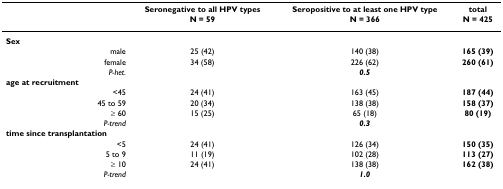
<table><thead><tr><td></td><td><b>Seronegative to all HPV types</b></td><td><b>Seropositive to at least one HPV type</b></td><td><b>total</b></td></tr><tr><td></td><td><b>N = 59</b></td><td><b>N = 366</b></td><td><b>N = 425</b></td></tr></thead><tbody><tr><td><b>Sex</b></td><td></td><td></td><td></td></tr><tr><td>male</td><td>25 (42)</td><td>140 (38)</td><td><b>165 (39)</b></td></tr><tr><td>female</td><td>34 (58)</td><td>226 (62)</td><td><b>260 (61)</b></td></tr><tr><td><i>P-het.</i></td><td></td><td><b><i>0.5</i></b></td><td></td></tr><tr><td><b>age at recruitment</b></td><td></td><td></td><td></td></tr><tr><td>&lt;45</td><td>24 (41)</td><td>163 (45)</td><td><b>187 (44)</b></td></tr><tr><td>45 to 59</td><td>20 (34)</td><td>138 (38)</td><td><b>158 (37)</b></td></tr><tr><td>≥ 60</td><td>15 (25)</td><td>65 (18)</td><td><b>80 (19)</b></td></tr><tr><td><i>P-trend</i></td><td></td><td><b><i>0.3</i></b></td><td></td></tr><tr><td><b>time since transplantation</b></td><td></td><td></td><td></td></tr><tr><td>&lt;5</td><td>24 (41)</td><td>126 (34)</td><td><b>150 (35)</b></td></tr><tr><td>5 to 9</td><td>11 (19)</td><td>102 (28)</td><td><b>113 (27)</b></td></tr><tr><td>≥ 10</td><td>24 (41)</td><td>138 (38)</td><td><b>162 (38)</b></td></tr><tr><td><i>P-trend</i></td><td></td><td><b><i>1.0</i></b></td><td></td></tr></tbody></table>